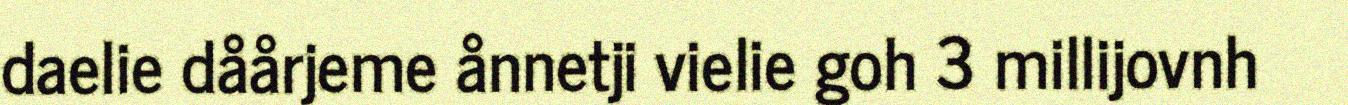
daelie dåårjeme ånnetji vielie goh 3 millijovnh